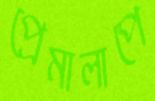
প্রেমালাপে